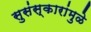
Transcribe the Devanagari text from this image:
सुसंस्कारांमुळे